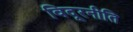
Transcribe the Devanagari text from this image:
विदूरनीति